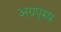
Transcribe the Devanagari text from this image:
अग्रपुरुष